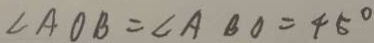
\angle A O B = \angle A B O = 4 5 ^ { \circ }